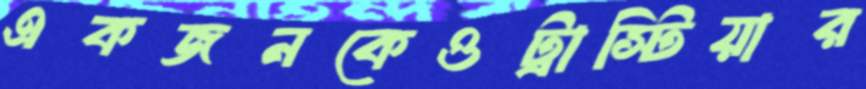
একজনকেওট্রাস্টিয়ার